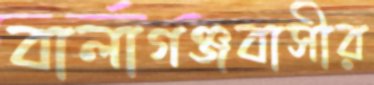
বালাগঞ্জবাসীর